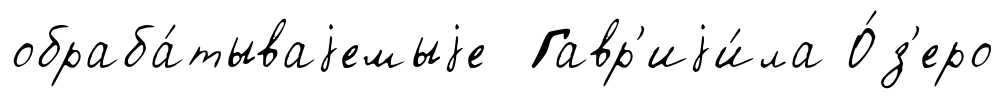
обраба́тываjемыjе Гавр'иjи́ла О́з'еро